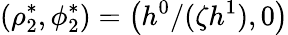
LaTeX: \left(\rho_{2}^{*},\phi_{2}^{*}\right)=\left(h^{0}/(\zeta h^{1}),0\right)